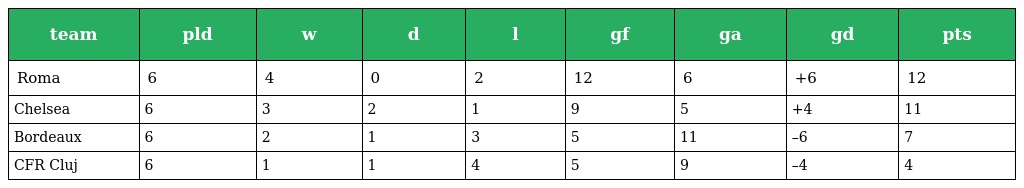
| team | pld | w | d | l | gf | ga | gd | pts |
 | --- | --- | --- | --- | --- | --- | --- | --- | --- |
 | Roma | 6 | 4 | 0 | 2 | 12 | 6 | +6 | 12 |
 | Chelsea | 6 | 3 | 2 | 1 | 9 | 5 | +4 | 11 |
 | Bordeaux | 6 | 2 | 1 | 3 | 5 | 11 | –6 | 7 |
 | CFR Cluj | 6 | 1 | 1 | 4 | 5 | 9 | –4 | 4 |